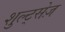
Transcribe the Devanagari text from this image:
शुल्ट्सेज़